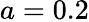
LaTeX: a=0.2